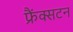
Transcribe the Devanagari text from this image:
फ्रैंक्सटन